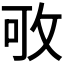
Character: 𢼔